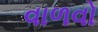
વાળવો